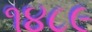
૧૪૮૯